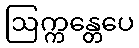
ဩက္ကန္တေပေ